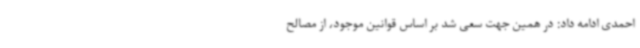
احمدی ادامه داد: در همین جهت سعی شد بر اساس قوانین موجود، از مصالح